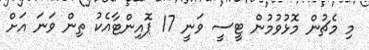
މި މެޗުން މޮޅުވުމުން ޓީސީ ވަނީ 17 ޕޮއިންޓާއެކު ތިން ވަނަ އަށް